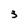
Character: 3